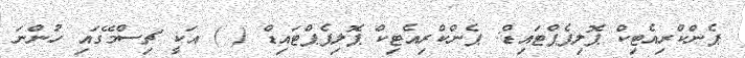
ޕެންކްރިއެޓިކް ޕޮލިޕެޕްޓައިޑް: ޕެންކްރިއެޓިކް ޕޮލިޕެޕްޓައިޑް ( ) އަކީ ޗިސްމޭގައި ހުންނަ